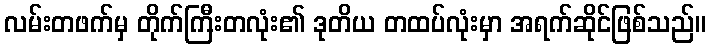
လမ်းတဖက်မှ တိုက်ကြီးတလုံး၏ ဒုတိယ တထပ်လုံးမှာ အရက်ဆိုင်ဖြစ်သည်။